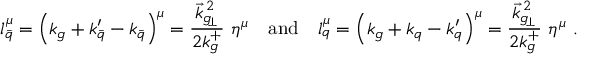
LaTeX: l _ { \bar { q } } ^ { \mu } = \left( k _ { g } + k _ { \bar { q } } ^ { \prime } - k _ { \bar { q } } \right) ^ { \mu } = { \frac { \vec { k } _ { g _ { \! \perp } } ^ { \, 2 } } { 2 k _ { g } ^ { + } } } \ \eta ^ { \mu } \quad \mathrm { a n d } \quad l _ { q } ^ { \mu } = \left( k _ { g } + k _ { q } - k _ { q } ^ { \prime } \right) ^ { \mu } = { \frac { \vec { k } _ { g _ { \! \perp } } ^ { \, 2 } } { 2 k _ { g } ^ { + } } } \ \eta ^ { \mu } \ .